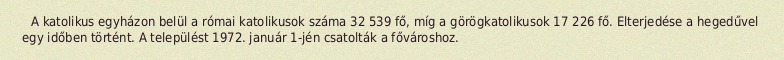
A katolikus egyházon belül a római katolikusok száma 32 539 fő, míg a görögkatolikusok 17 226 fő. Elterjedése a hegedűvel egy időben történt. A települést 1972. január 1-jén csatolták a fővároshoz.